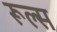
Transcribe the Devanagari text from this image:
रूल्‍स